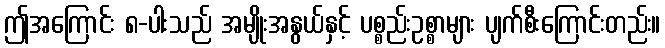
ဤအကြောင်း ၈-ပါးသည် အမျိုးအနွယ်နှင့် ပစ္စည်းဥစ္စာများ ပျက်စီးကြောင်းတည်း။